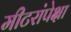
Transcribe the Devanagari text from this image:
मीटरांपेक्षा